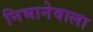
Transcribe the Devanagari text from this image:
निभानेवाला